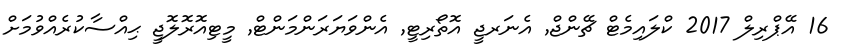
16 އޭޕްރިލް 2017 ކްލައިމެޓް ޗޭންޖް